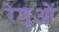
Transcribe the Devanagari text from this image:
रेणुओं